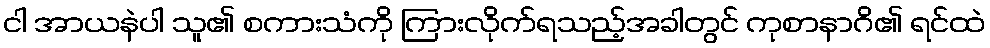
ငါ အာယနဲပါ သူ၏ စကားသံကို ကြားလိုက်ရသည့်အခါတွင် ကုစာနာဂိ၏ ရင်ထဲ